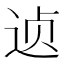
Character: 𲅗